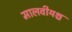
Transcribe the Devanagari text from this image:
मालवीयश्च